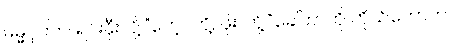
ဓမ္မဂုတ်။ ။ ရင်းနှီးလို့ “ဟေ့...တို့, ဖိုး..တို့.”ခေါ်တာကို ကိုယ်တော်က